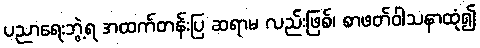
ပညာရေးဘွဲ့ရ အထက်တန်းပြ ဆရာမ လည်းဖြစ်၊ စာဖတ်ဝါသနာထုံ၍